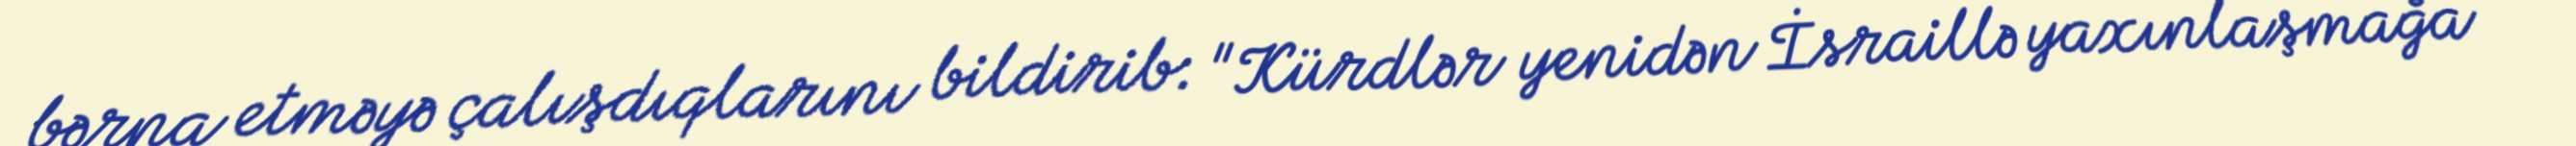
bərpa etməyə çalışdıqlarını bildirib: "Kürdlər yenidən İsraillə yaxınlaşmağa